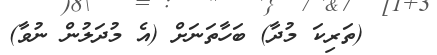
(ތަރިކަ މުދާ) ބަހާތަނަށް (އެ މުދަލުން ނުވާ)